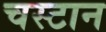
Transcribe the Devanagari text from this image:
चस्टान